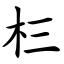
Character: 㭅